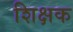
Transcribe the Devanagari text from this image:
शिक्षक